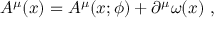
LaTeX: A ^ { \mu } ( x ) = A ^ { \mu } ( x ; \phi ) + \partial ^ { \mu } \omega ( x ) \ ,